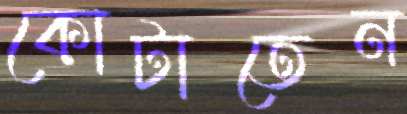
কোটাতেন